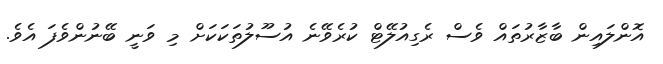
އޮންލައިން ބާޒާރުތައް ވެސް ރެގިއުލޭޓް ކުރެވޭނެ އުސޫލުތަކަކަށް މި ވަނީ ބޭނުންވެފަ އެވެ.